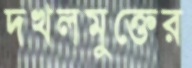
দখলমুক্তের